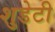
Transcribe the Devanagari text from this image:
शुडेटी